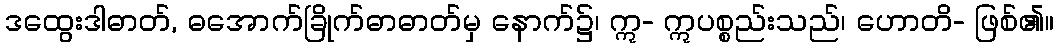
ဒထွေးဒါဓာတ်, ဓအောက်ခြိုက်ဓာဓာတ်မှ နောက်၌၊ ဣ- ဣပစ္စည်းသည်၊ ဟောတိ- ဖြစ်၏။